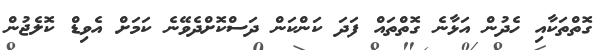
ގޮތްތަކާއި ހެދުން އަޅާނެ ގޮތްތައް ފަދަ ކަންކަން ދަސްކޮށްދެވޭނެ ކަމަށް އެވިޑް ކޮލެޖުން